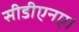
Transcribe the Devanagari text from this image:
सीडीएनए।